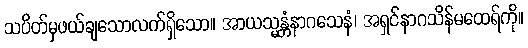
သပိတ်မှဖယ်ချသောလက်ရှိသော။ အာယသ္မန္တံနာဂသေနံ၊ အရှင်နာဂသိန်မထေရ်ကို။